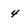
Character: 4